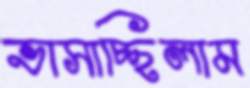
ভাসাচ্ছিলাম